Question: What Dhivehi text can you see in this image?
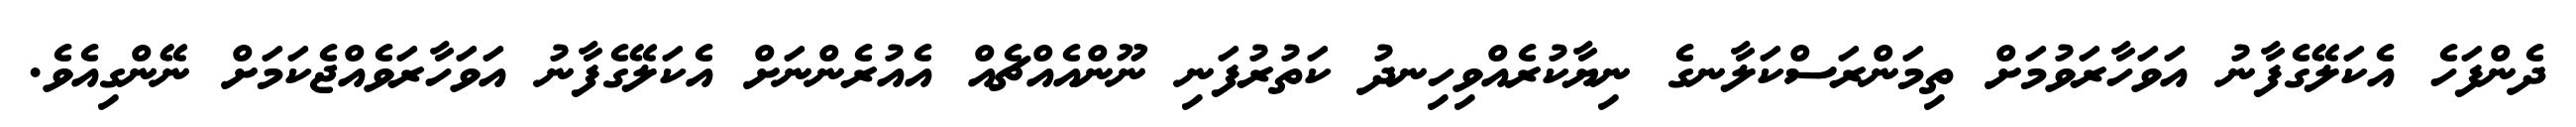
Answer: ދެންފަހެ އެކަލޭގެފާނު އަވަހާރަވުމަށް ތިމަންރަސްކަލާނގެ ނިޔާކުރެއްވިހިނދު ކަތުރުފަނި ނޫންއެއްޗެއް އެއުރެންނަށް އެކަލޭގެފާނު އަވަހާރަވެއްޖެކަމަށް ނޭންގިއެވެ.